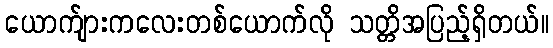
ယောက်ျားကလေးတစ်ယောက်လို သတ္တိအပြည့်ရှိတယ်။